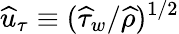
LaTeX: \widehat{u}_{\tau}\equiv(\widehat{\tau}_{w}/\widehat{\rho})^{1/2}